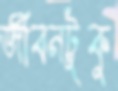
জীবনটুকু